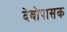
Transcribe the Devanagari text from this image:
देवोपासक